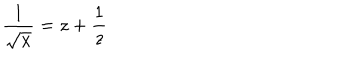
\frac { 1 } { \sqrt x } = z + \frac { 1 } { z }